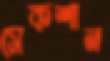
সেকশান